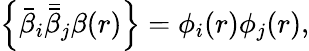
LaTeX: \Big\{ \bar{\beta}_{i}\bar{\bar{\beta}}_{j}\beta(r)\Big\} =\phi_{i}(r)\phi_{j}(r),